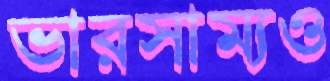
ভারসাম্যও